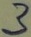
Text: 3